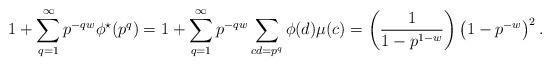
LaTeX: \begin{align*} 1 + \sum_{q=1}^{\infty}p^{-qw}\phi^{\star}(p^q) &=1 + \sum_{q=1}^{\infty}p^{-qw} \sum_{cd=p^q}\phi(d)\mu(c) =\left(\frac{1}{1-p^{1-w}}\right)\left( 1-p^{-w}\right)^2.\end{align*}